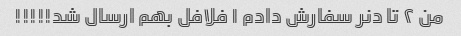
من ۲ تا دنر سفارش دادم ۱ فلافل بهم ارسال شد!!!!!